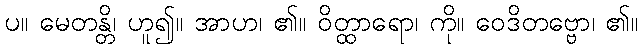
ပ။ မေတန္တိ၊ ဟူ၍။ အာဟ၊ ၏။ ဝိတ္ထာရော၊ ကို။ ဝေဒိတဗ္ဗော၊ ၏။